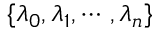
\{ \lambda _ { 0 } , \lambda _ { 1 } , \dotsb , \lambda _ { n } \}